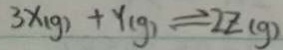
3 x _ { ( g ) } + y _ { ( g ) } \rightleftharpoons 2 z ( g )